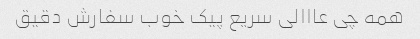
همه چی عااالی سریع پیک خوب سفارش دقیق